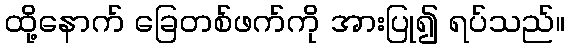
ထို့နောက် ခြေတစ်ဖက်ကို အားပြု၍ ရပ်သည်။